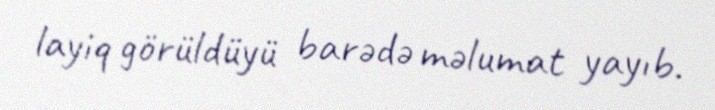
layiq görüldüyü barədə məlumat yayıb.